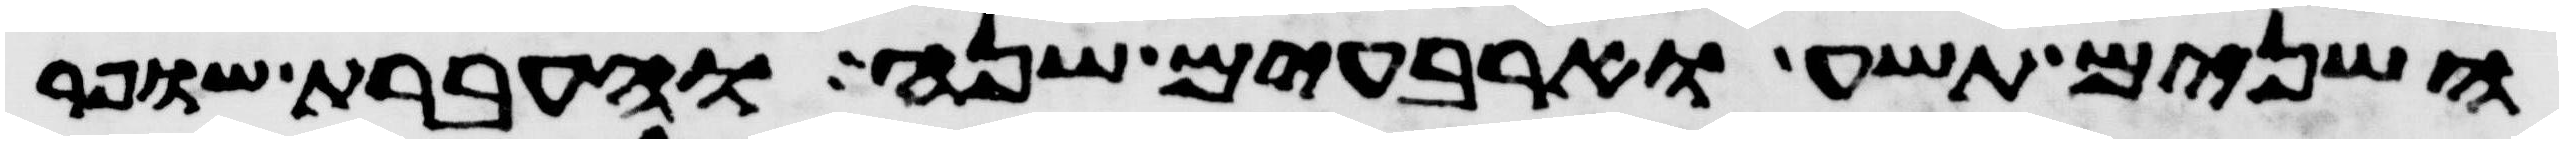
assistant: השנים תשע וארבעים שנה והעברת שופר